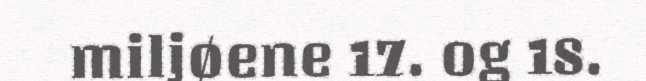
miljøene 17. og 18.